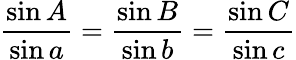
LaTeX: {\frac{\sin A}{\sin a}}={\frac{\sin B}{\sin b}}={\frac{\sin C}{\sin c}}